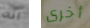
انه أخرى